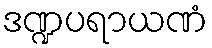
ဒဏ္ဍပရာယဏံ